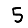
Digit: 5